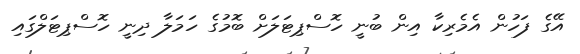
އޭގެ ފަހުން އެމެރިކާ އިން ބުނީ ހޮސްޕިޓަލަށް ބޮމުގެ ހަމަލާ ދިނީ ހޮސްޕިޓަލްގައި